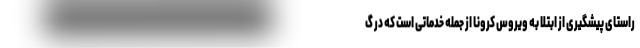
راستای پیشگیری از ابتلا به ویروس کرونا از جمله خدماتی است که در گ